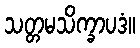
သတ္တမသိက္ခာပဒံ။